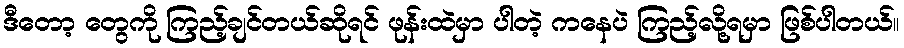
ဒီတော့ တွေကို ကြည့်ချင်တယ်ဆိုရင် ဖုန်းထဲမှာ ပါတဲ့ ကနေပဲ ကြည့်လို့ရမှာ ဖြစ်ပါတယ်။